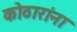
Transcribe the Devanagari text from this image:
कोठारांना